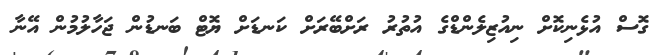
ގޮސް އުޅެނިކޮށް ނިއުޒިލެންޑްގެ އުތުރު ރަށްބޭރަށް ކަނޑަށް ޔޮޓް ބަނޑުން ޖަހާލުމުން އޭނާ